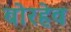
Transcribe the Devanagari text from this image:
बोरहेव